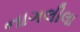
નાગલીલા